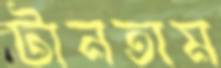
টানতাম